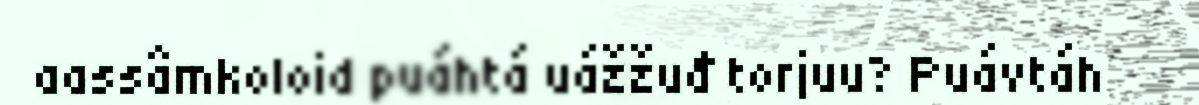
aassâmkoloid puáhtá uážžuđ torjuu? Puávtáh